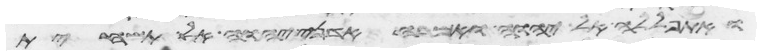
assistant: ואתפללה אל יהוה ואמרה אדני יהוה אל תשחית